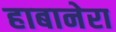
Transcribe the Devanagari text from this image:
हाबानेरा